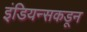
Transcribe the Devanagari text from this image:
इंडियन्सकडून